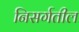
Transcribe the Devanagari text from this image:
निसर्गतील